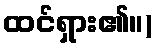
ထင်ရှား၏။)